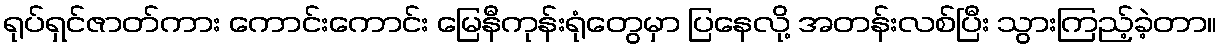
ရုပ်ရှင်ဇာတ်ကား ကောင်းကောင်း မြေနီကုန်းရုံတွေမှာ ပြနေလို့ အတန်းလစ်ပြီး သွားကြည့်ခဲ့တာ။